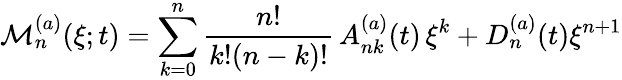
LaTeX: {\cal M}_{n}^{(a)}(\xi;t)=\sum_{k=0}^{n}\frac{n!}{k!(n-k)!}\, A_{nk}^{(a)}(t)\, \xi^{k}+D_{n}^{(a)}(t)\xi^{n+1}